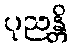
ပုညန္တိ